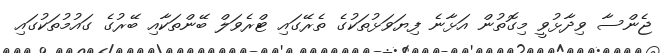
ޖެންސާ ވިދާޅުވީ މިގޮތުން އަޅާނެ ފިޔަވަޅުތަކުގެ ތެރޭގައި ޓްރެވަލް ބޭންތަކާއި ބޭރުގެ ގައުމުތަކުގައި